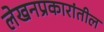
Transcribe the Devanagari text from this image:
लेखनप्रकारांतील